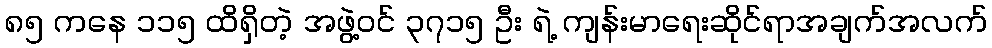
၈၅ ကနေ ၁၁၅ ထိရှိတဲ့ အဖွဲ့ဝင် ၃၇၁၅ ဦး ရဲ့ ကျန်းမာရေးဆိုင်ရာအချက်အလက်